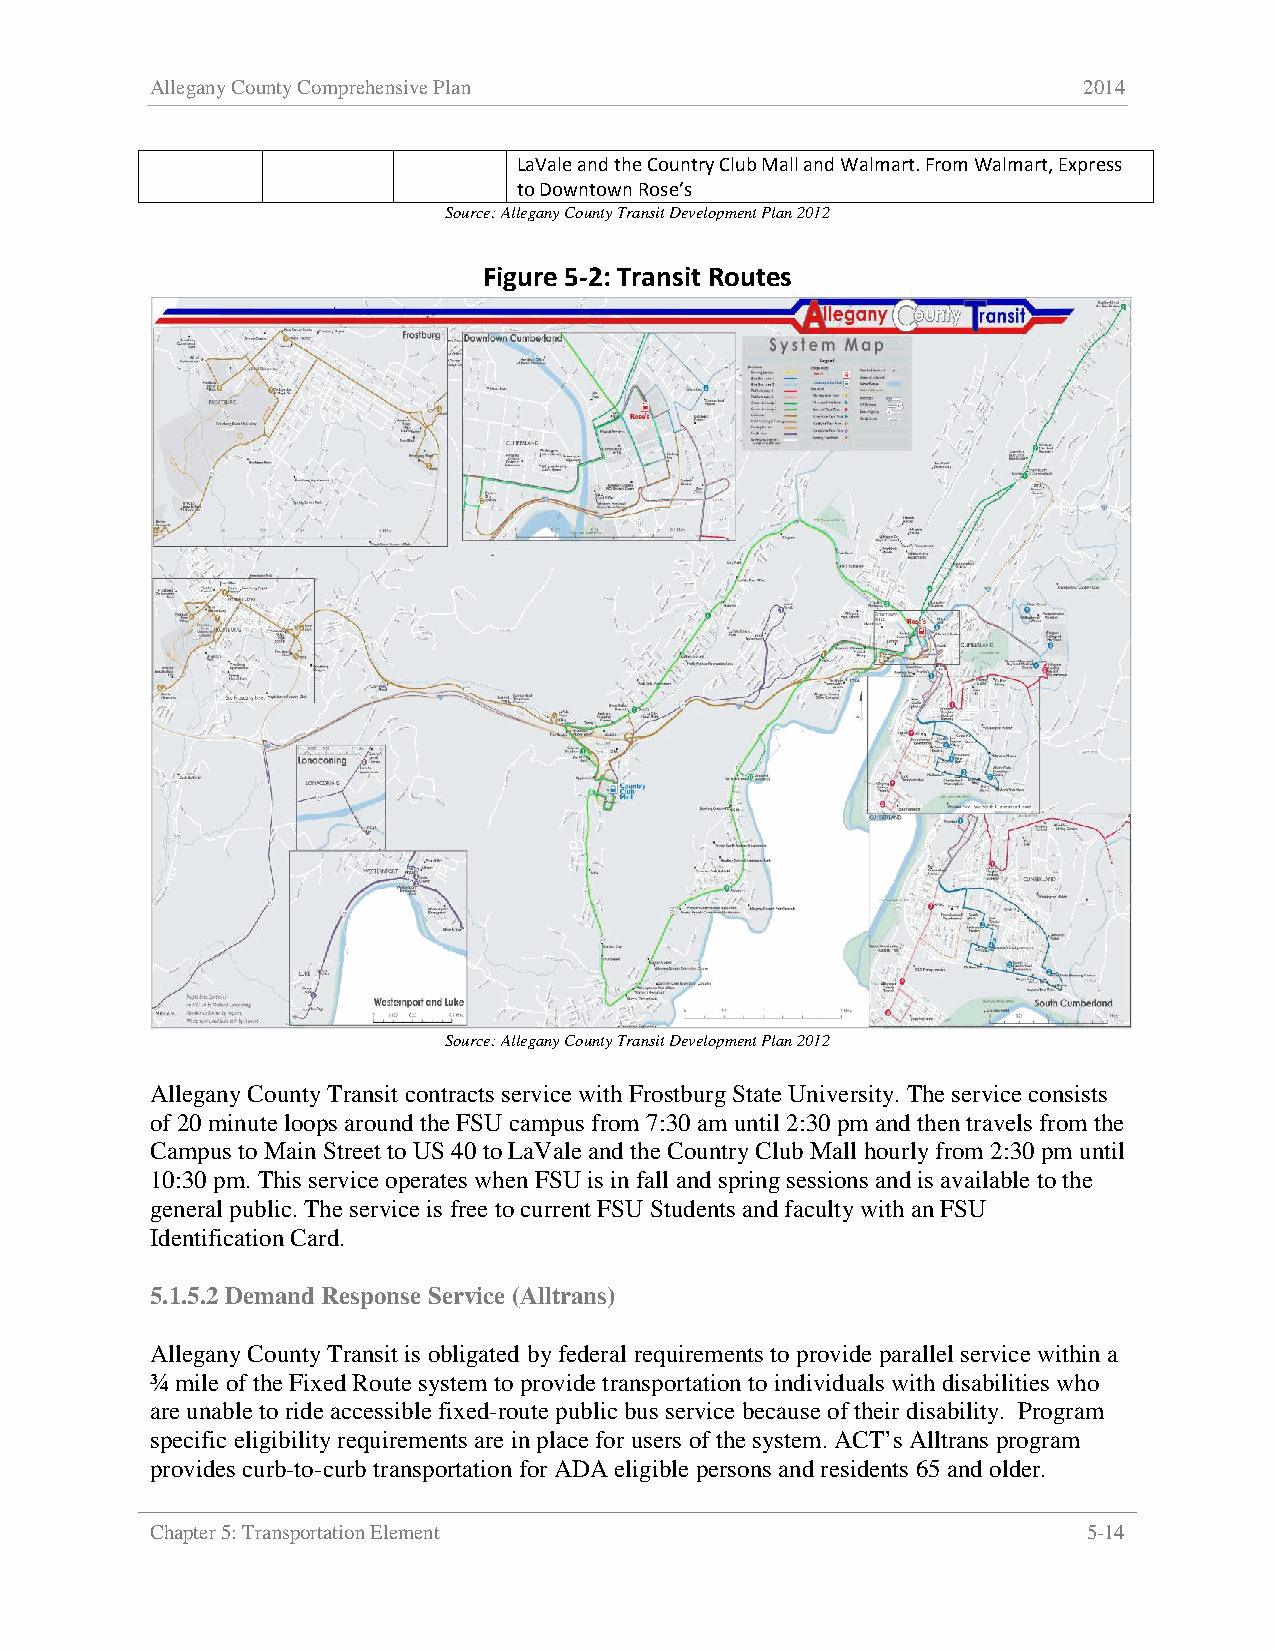
Allegany County Comprehensive Plan                            2014
 LaVale and the Country Club Mall and Walmart. From Walmart, Express
 to Downtown Rose’s
 Source: Allegany County Transit Development Plan 2012
 Figure 5-2: Transit Routes
 Source: Allegany County Transit Development Plan 2012
 Allegany County Transit contracts service with Frostburg State University. The service consists
 of 20 minute loops around the FSU campus from 7:30 am until 2:30 pm and then travels from the
 Campus to Main Street to US 40 to LaVale and the Country Club Mall hourly from 2:30 pm until
 10:30 pm. This service operates when FSU is in fall and spring sessions and is available to the
 general public. The service is free to current FSU Students and faculty with an FSU
 Identification Card.
 5.1.5.2 Demand Response Service (Alltrans)
 Allegany County Transit is obligated by federal requirements to provide parallel service within a
 ¾ mile of the Fixed Route system to provide transportation to individuals with disabilities who
 are unable to ride accessible fixed-route public bus service because of their disability. Program
 specific eligibility requirements are in place for users of the system. ACT’s Alltrans program
 provides curb-to-curb transportation for ADA eligible persons and residents 65 and older.
 Chapter 5: Transportation Element                             5-14